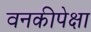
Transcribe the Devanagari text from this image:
वनकीपेक्षा